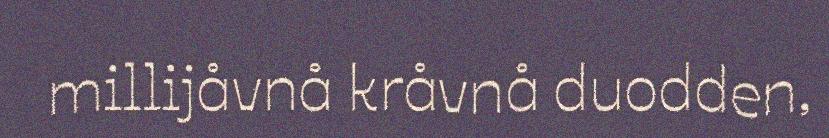
millijåvnå kråvnå duodden,